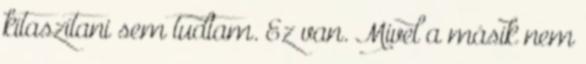
kitaszítani sem tudtam. Ez van. Mivel a másik nem